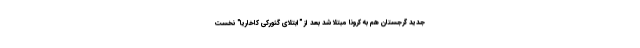
جدید گرجستان هم به کرونا مبتلا شد بعد از "ابتلای گئورکی کاخاریا" نخست